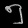
Digit: ၅